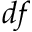
d f